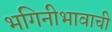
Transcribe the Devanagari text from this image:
भगिनीभावाची